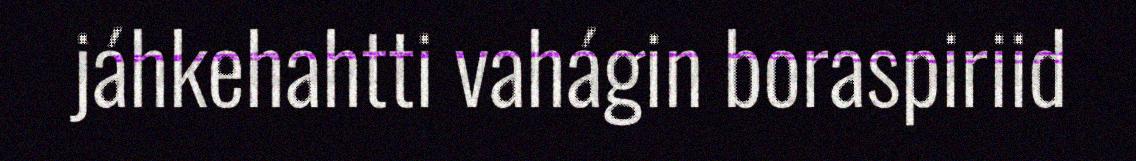
jáhkehahtti vahágin boraspiriid